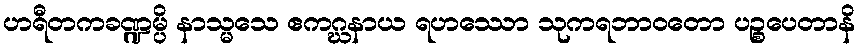
ဟရီတကခဏ္ဍမ္ပိ နာသ္မသေ ဧကဂ္ဃနာယ ရဟဿော သုကရဘာဝတော ပဉ္စပေတာနိ